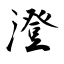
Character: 澄